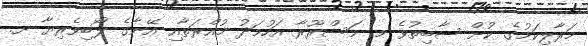
މަރާލިކަމުގެ ކުށް ސާބިތުވެ މ. މަސްރޫރާ އަހުމަދު މުއްރަތާއި އޭނާގެ ލޯބިވެރިޔާ ށ.